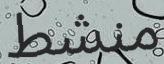
منشط